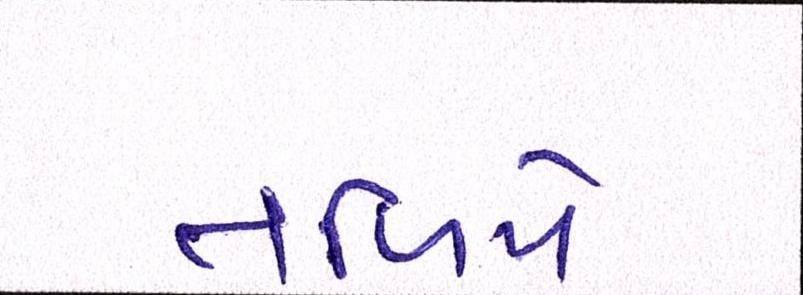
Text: તળિયે